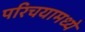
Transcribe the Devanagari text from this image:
परिचयामध्ये